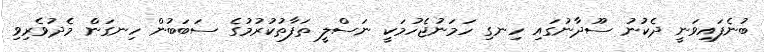
ބުނެފައިވަނީ ދެކުނު ސޫދާނުގައި ހިނގި ހަމަނުޖެހުމަކީ ނަސްލީ ތަފާތުކުރުމުގެ ސަބަބުން ހިނގަން މެދުވެރިވި